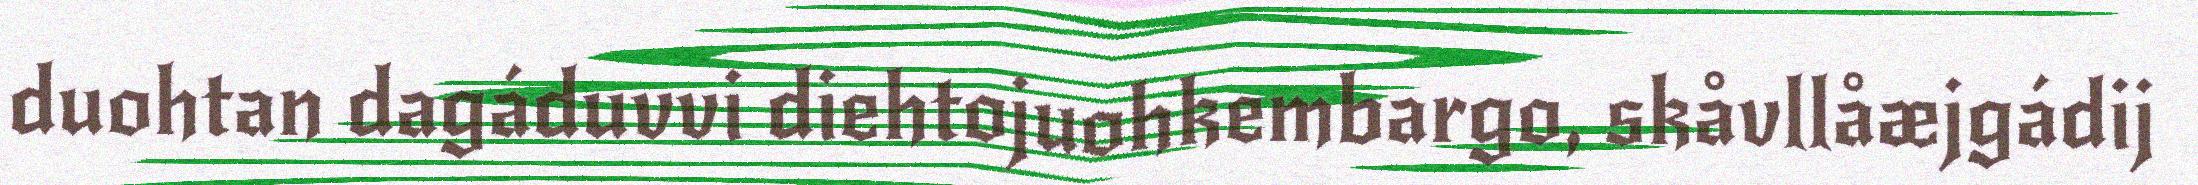
duohtan dagáduvvi diehtojuohkembargo, skåvllåæjgádij